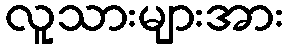
လူသားများအား